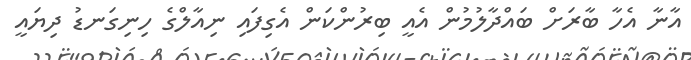
އާނާ އެހާ ބާރަށް ބައްދާލުމުން އެއީ ބިރުންކަން އެގިފައި ނިއާލްގެ ހިނިގަނޑު ދިޔައީ